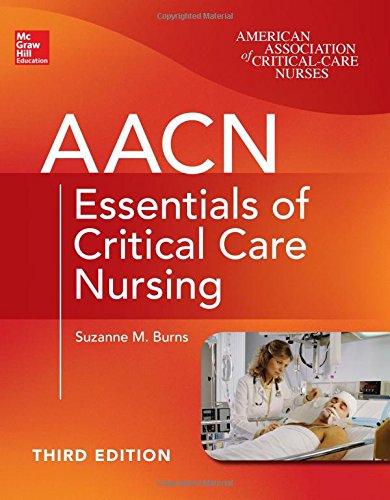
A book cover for AACN Essentials of Critical Care Nursing, Third Edition (Chulay, AACN Essentials of Critical Care Nursing); Suzanne Burns; Medical Books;